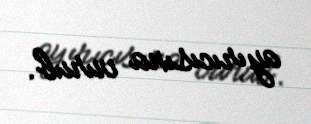
ayırıcısına vurub.